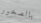
بالصخور